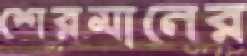
শেরমানের